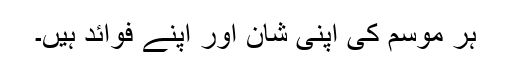
ہر موسم کی اپنی شان اور اپنے فوائد ہیں۔